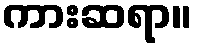
ကားဆရာ။